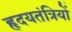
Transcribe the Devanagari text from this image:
हृदयतंत्रियों